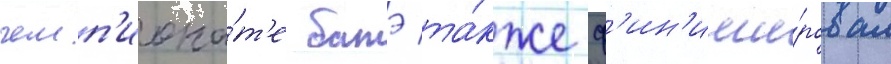
чемп'иона́т'е батэ та́кже ф'ин'иши́ровал